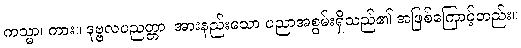
ကသ္မာ၊ ကား။ ဒုဗ္ဗလပညတ္တာ၊ အားနည်းသော ပညာအစွမ်းရှိသည်၏ အဖြစ်ကြောင့်တည်း။